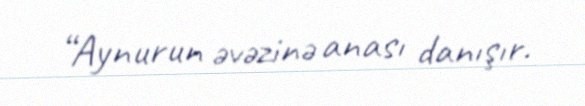
“Aynurun əvəzinə anası danışır.